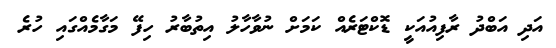
އަދި އަބްދު ރާފިއުއަކީ ޑޮކްޓަރެއް ކަމަށް ނުވާހާލު އިތުބާރު ހިފޭ މަގާމެއްގައި ހުރެ